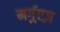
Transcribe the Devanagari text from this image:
मर्गुएज़